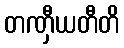
တဏှီယတီတိ